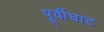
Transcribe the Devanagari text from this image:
पूर्वीघाट